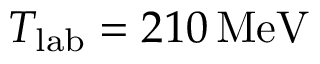
T _ { \mathrm { l a b } } = 2 1 0 \, \mathrm { M e V }